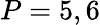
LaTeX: P=5,6